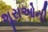
શૂરાઓની